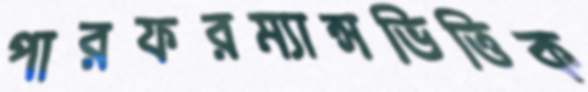
পারফরম্যান্সভিত্তিক